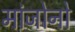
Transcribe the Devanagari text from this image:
मांजोनो